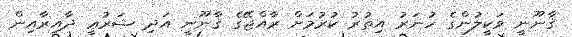
ޤާނޫނީ ވަކީލުންގެ ހުނަރު އިތުރު ކުރުމަށް ރާއްޖޭގެ ޤާނޫނީ އަދި ޝަރުޢީ ދާއިރާއިން